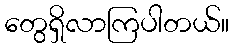
တွေရှိလာကြပါတယ်။